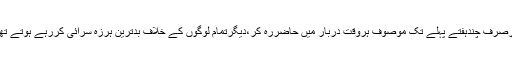
مگرصرف چندہفتے پہلے تک موصوف ہروقت دربار میں حاضررہ کر،دیگرتمام لوگوں کے خلاف بدترین ہرزہ سرائی کررہے ہوتے تھے۔